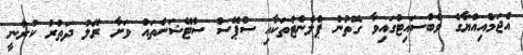
އެޖަމްއިއްޔާގެ ވެބްސައިޓުގައިވާ ގޮތުން ޕްލެނެޓުތަކާއި ސްޕޭސް ސްޓޭޝަންތައް ވަށާ ރޭލު ދަތުރު ކުރާނީ